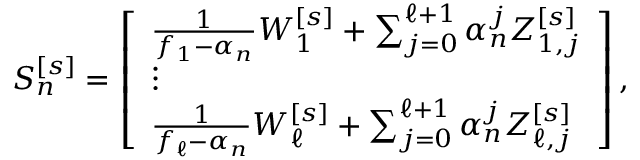
\begin{array} { r } { S _ { n } ^ { [ s ] } = \left[ \begin{array} { l } { \frac { 1 } { f _ { 1 } - \alpha _ { n } } W _ { 1 } ^ { [ s ] } + \sum _ { j = 0 } ^ { \ell + 1 } \alpha _ { n } ^ { j } Z _ { 1 , j } ^ { [ s ] } } \\ { \vdots } \\ { \frac { 1 } { f _ { \ell } - \alpha _ { n } } W _ { \ell } ^ { [ s ] } + \sum _ { j = 0 } ^ { \ell + 1 } \alpha _ { n } ^ { j } Z _ { \ell , j } ^ { [ s ] } } \end{array} \right] , } \end{array}